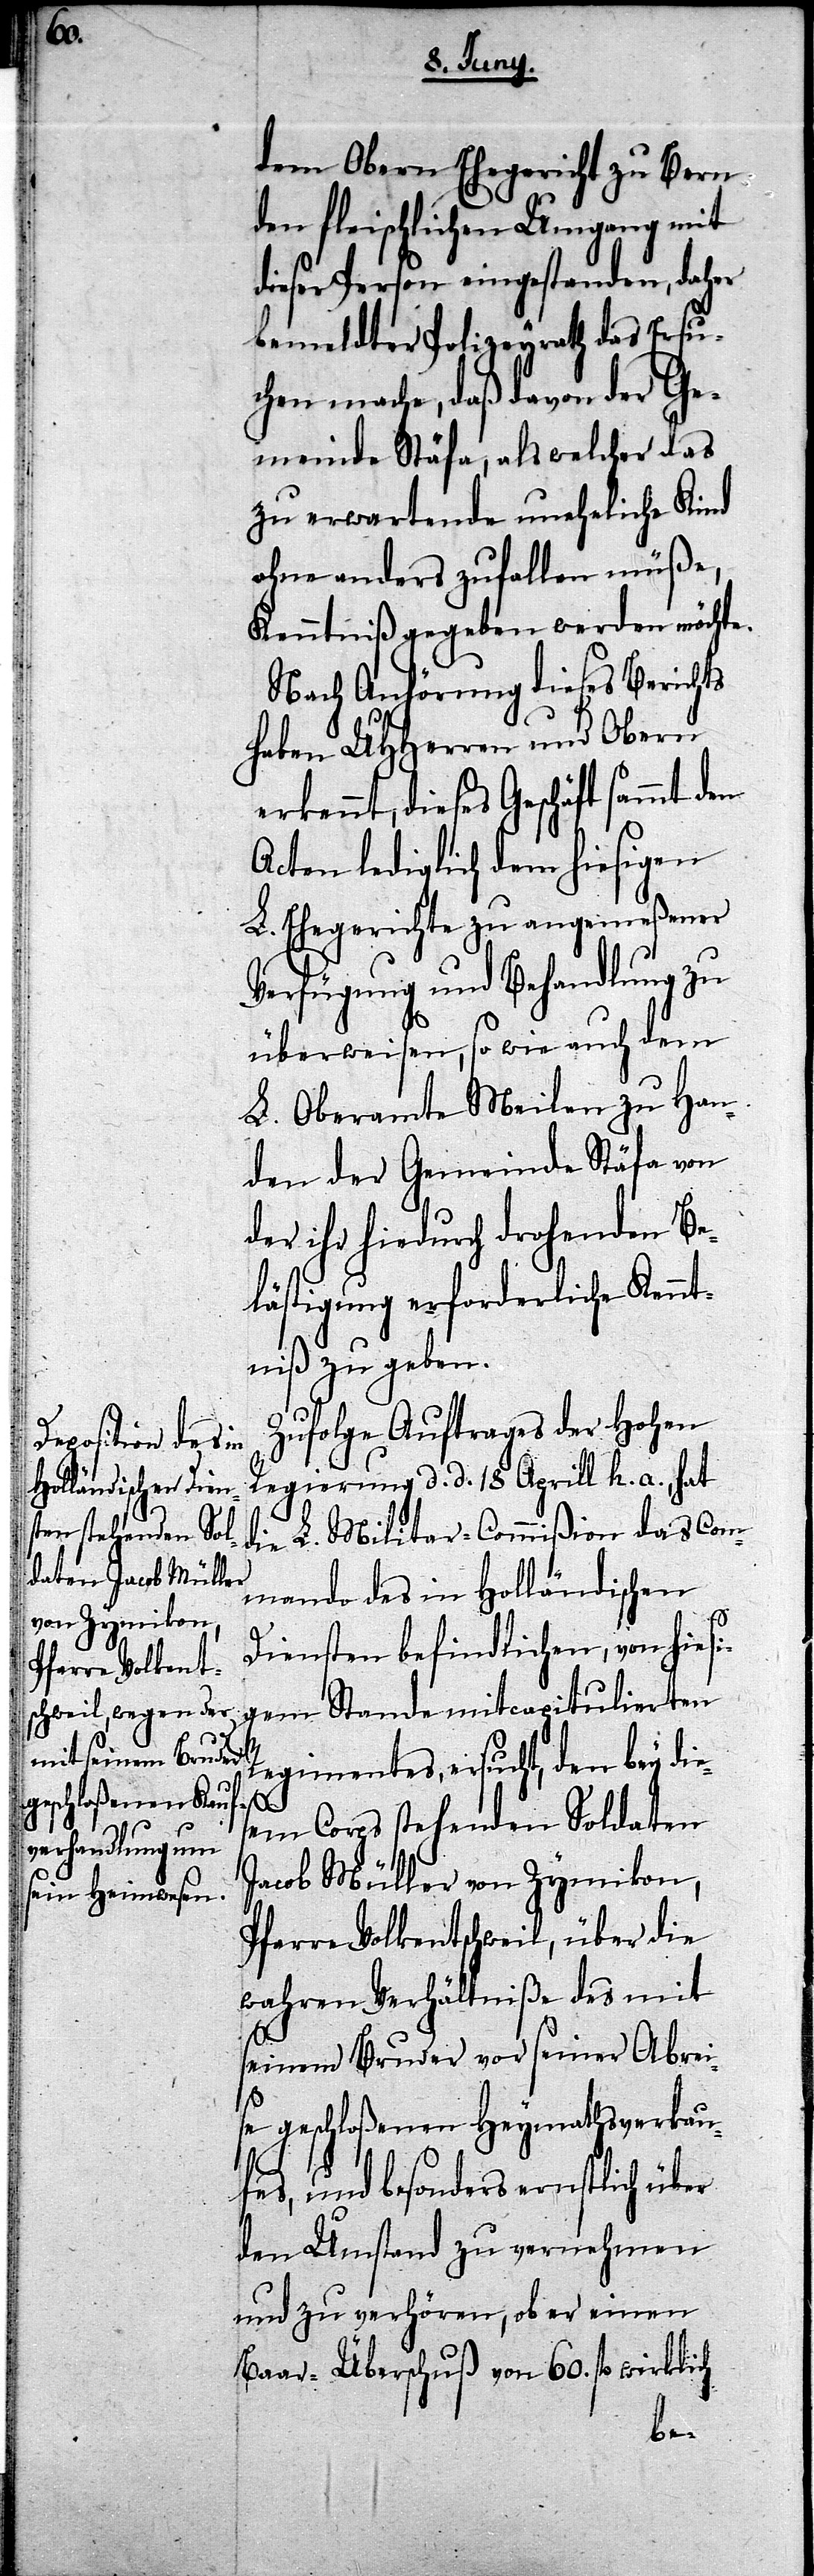
dem Obern Ehegericht zu Bern
den fleischlichen Umgang mit
dieser Person eingestanden, daher
bemeldter Polizeyrath das Ersu¬
chen mache, daß davon der Ge¬
meinde Stäfa, als welcher das
zu erwartenden uneheliche Kind
ohne anders zufallen müße,
Kenntniß gegeben werden möchte.
Nach Anhörung dieses Berichts
haben UHHerren und Obern
erkennt, dieses Geschäft sammt
Acten lediglich dem hiesigen
L. Ehegerichte zu angemeßener
Verfügung und Behandlung zu
überweisen, so wie auch dem
L. Oberamte Meilen zu Han¬
den der Gemeinde Stäfa von
der ihr hiedurch drohenden Be¬
lästigung erforderliche Kennt¬
niß zu geben.
Zufolge Auftrages der Hohen
Regierung d. d. 18. Aprill h. a., hat
die L. Militar-Commißion das Com¬
mando des in Holländischen
Diensten befindliche, von hiesi¬
gem Stande mitcapitulierten
Regimentes, ersucht, den bey di¬
es¬
em Corps stehenden Soldaten
Jacob Müller von Zymikon,
Pfarre Volkentschweil, über die
wahren Verhältniße des mit
seinem Bruder vor seiner Abrei¬
se geschloßenen Heymathsverkau¬
fes, und besonders ernstlich über
den Umstand zu vernehmen
und zu verhören, ob er einen
Baar-Überschuß von 60. fl. wirklich